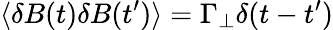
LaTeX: \langle\delta{B}(t)\delta{B}(t^{\prime})\rangle=\Gamma_{\perp}\delta(t-t^{\prime})